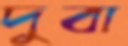
দুবা